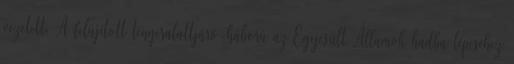
vezetett. A felújított tengeralattjáró-háború az Egyesült Államok hadba lépéséhez